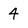
Character: 4